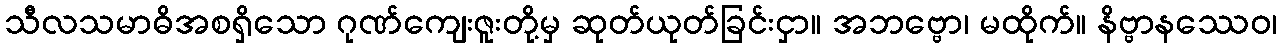
သီလသမာဓိအစရှိသော ဂုဏ်ကျေးဇူးတို့မှ ဆုတ်ယုတ်ခြင်းငှာ။ အဘဗ္ဗော၊ မထိုက်။ နိဗ္ဗာနဿေဝ၊